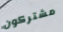
مشتركون